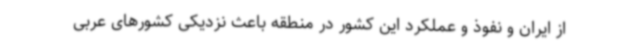
از ایران و نفوذ و عملکرد این کشور در منطقه باعث نزدیکی کشورهای عربی